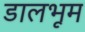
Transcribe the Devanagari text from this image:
डालभूम